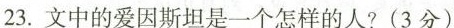
23.文中的爱因斯坦是一个怎样的人?(3分）